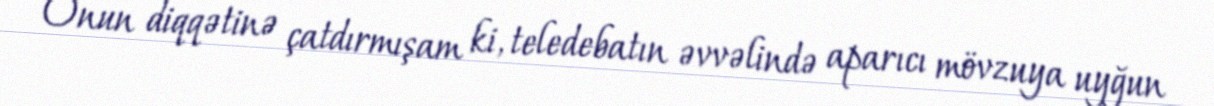
Onun diqqətinə çatdırmışam ki, teledebatın əvvəlində aparıcı mövzuya uyğun